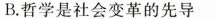
B.哲学是社会变革的先导